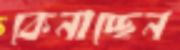
কেনাচ্ছেন